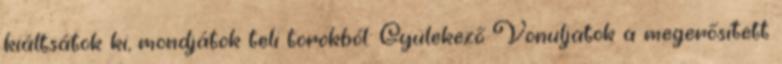
kiáltsátok ki, mondjátok teli torokból: Gyülekező Vonuljatok a megerősített